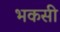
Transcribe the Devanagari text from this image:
भकसी